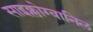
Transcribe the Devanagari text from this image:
साइक्लोग्वानिल